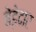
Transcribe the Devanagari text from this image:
बेड़ेदार